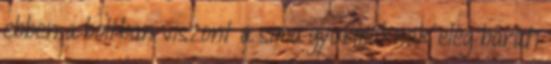
ebben a boltban viszont a sima gyurmáknak elég baráti